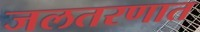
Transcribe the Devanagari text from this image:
जलतरणात